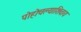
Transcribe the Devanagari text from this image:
पोहोचल्याशिवाय